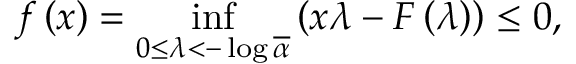
f \left( x \right) = \operatorname* { i n f } _ { 0 \leq \lambda < - \log \overline { { \alpha } } } \left( x \lambda - F \left( \lambda \right) \right) \leq 0 ,